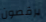
يرقصون